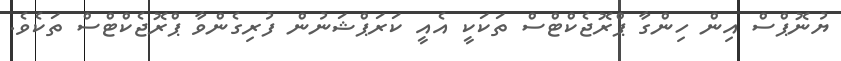
ޔުނޮޕްސް އިން ހިންގާ ޕްރޮޖެކްޓްސް ތަކަކީ އެއީ ކަރަޕްޝަނުން ފުރިގެންވާ ޕްރޮޖެކްޓްސް ތަކެވެ.